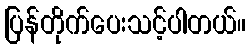
ပြန်တိုက်ပေးသင့်ပါတယ်။